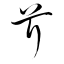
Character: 芹